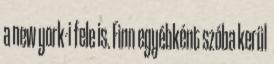
a new york-i fele is. Finn egyébként szóba kerül